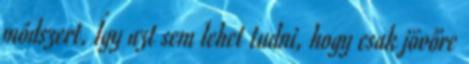
módszert. Így azt sem lehet tudni, hogy csak jövőre